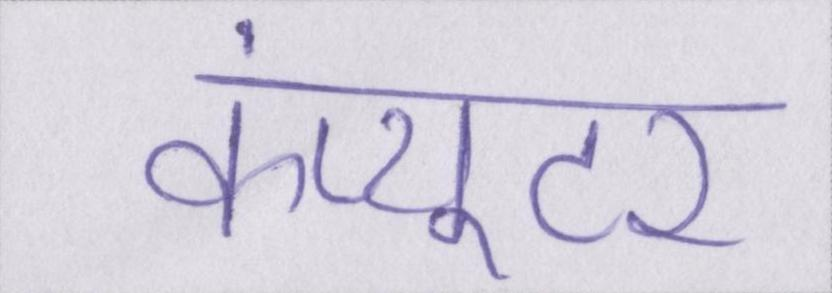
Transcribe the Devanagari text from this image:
कंप्यूटर